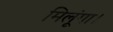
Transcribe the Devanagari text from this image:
मिलूंगा।